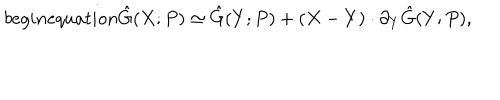
b e g i n { e q u a t i o n } \hat { G } ( X ; P ) \simeq \hat { G } ( Y ; P ) + ( X - Y ) \cdot \partial _ { Y } \hat { G } ( Y ; P ) ,